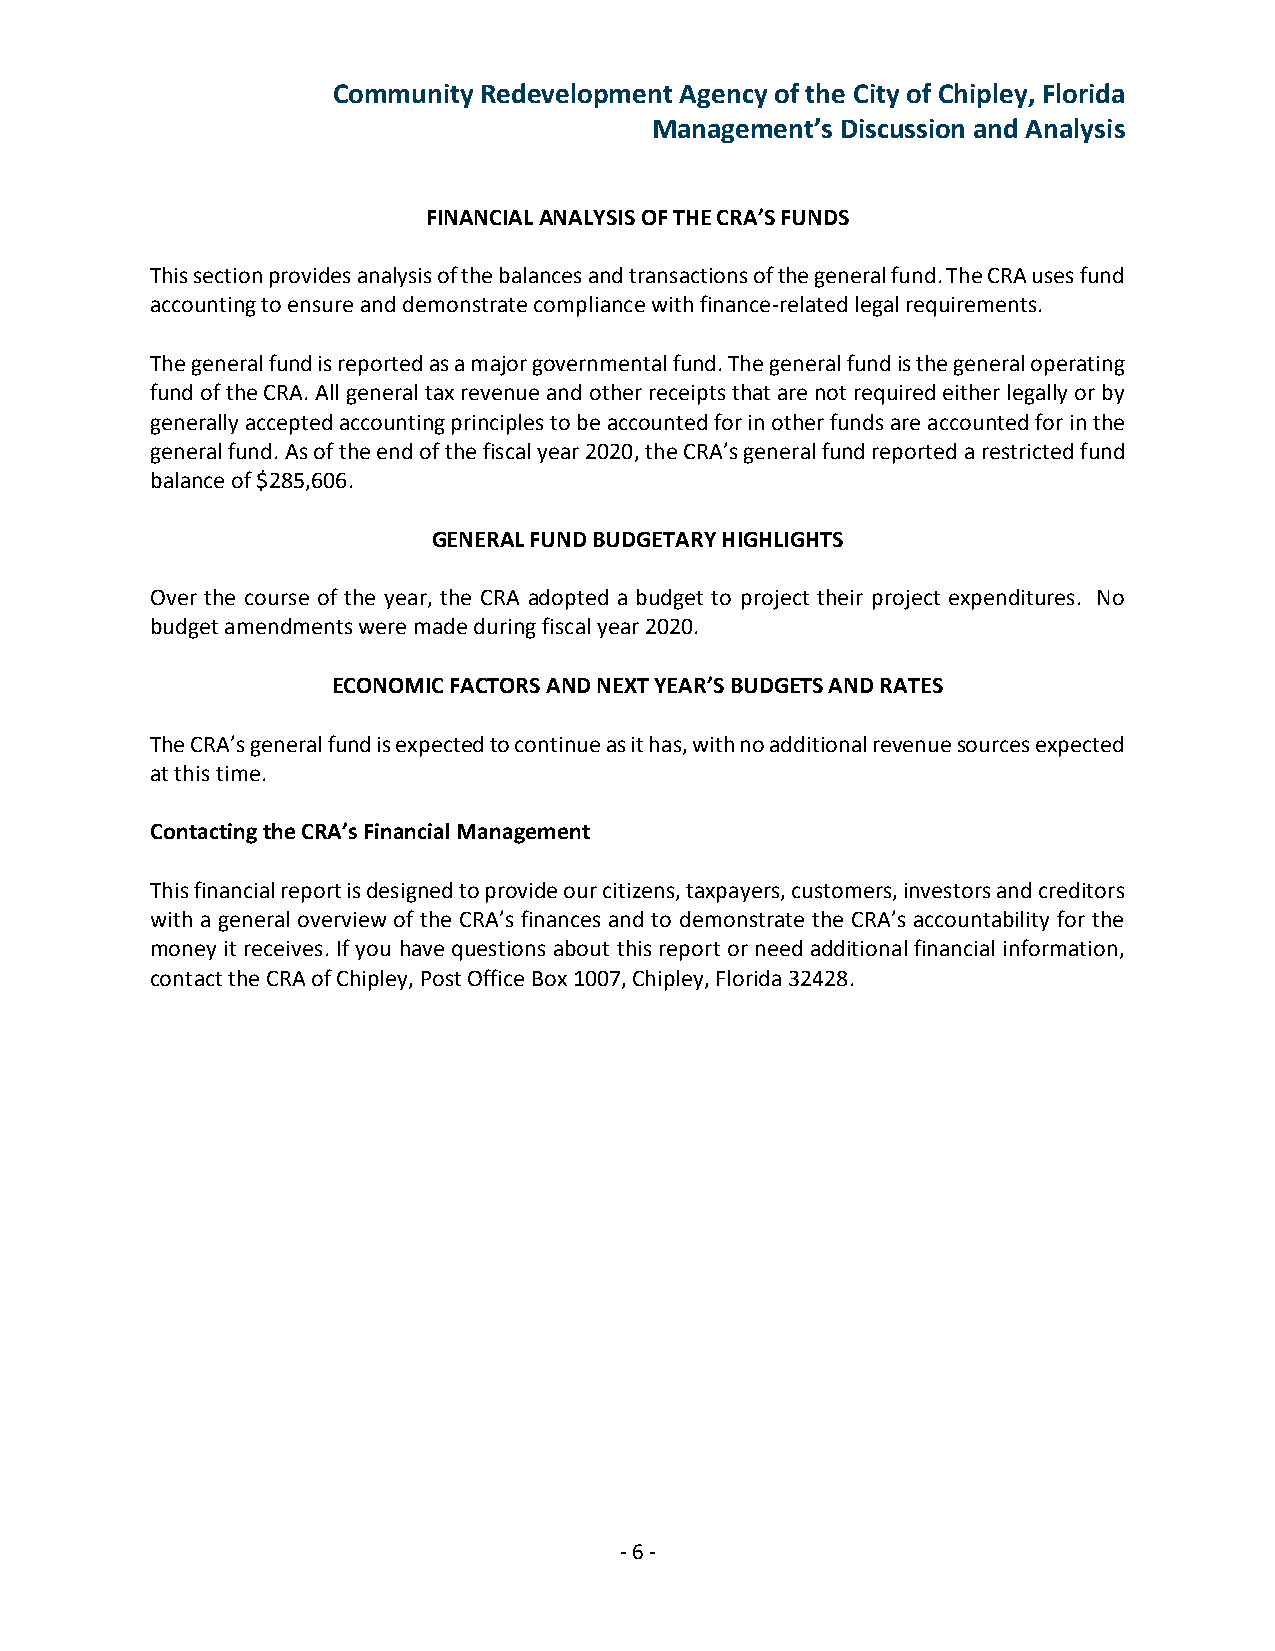
Community Redevelopment Agency of the City of Chipley, Florida
 Management’s Discussion and Analysis
 FINANCIAL ANALYSIS OF THE CRA’S FUNDS
 This section provides analysis of the balances and transactions of the general fund. The CRA uses fund
 accounting to ensure and demonstrate compliance with finance-related legal requirements.
 The general fund is reported as a major governmental fund. The general fund is the general operating
 fund of the CRA. All general tax revenue and other receipts that are not required either legally or by
 generally accepted accounting principles to be accounted for in other funds are accounted for in the
 general fund. As of the end of the fiscal year 2020, the CRA’s general fund reported a restricted fund
 balance of $285,606.
 GENERAL FUND BUDGETARY HIGHLIGHTS
 Over the course of the year, the CRA adopted a budget to project their project expenditures. No
 budget amendments were made during fiscal year 2020.
 ECONOMIC FACTORS AND NEXT YEAR’S BUDGETS AND RATES
 The CRA’s general fund is expected to continue as it has, with no additional revenue sources expected
 at this time.
 Contacting the CRA’s Financial Management
 This financial report is designed to provide our citizens, taxpayers, customers, investors and creditors
 with a general overview of the CRA’s finances and to demonstrate the CRA’s accountability for the
 money it receives. If you have questions about this report or need additional financial information,
 contact the CRA of Chipley, Post Office Box 1007, Chipley, Florida 32428.
 - 6 -